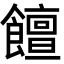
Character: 饘